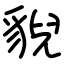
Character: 貎